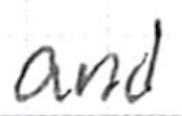
Text: and
Cross-out: clean
Writing tool: ballpoint